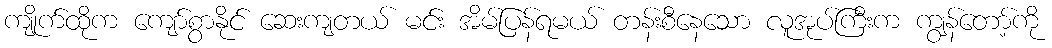
ကျိုက်ထိုက ကျော်စွာနိုင် ဆေးကျတယ် မင်း အိမ်ပြန်ရမယ် တန်းစီနေသော လူအုပ်ကြီးက ကျွန်တော့်ကို